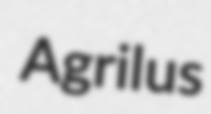
Agrilus